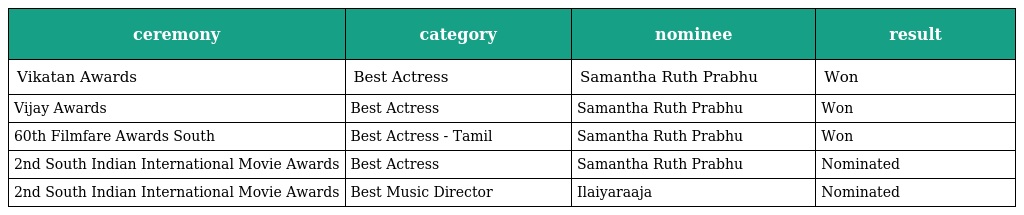
| ceremony | category | nominee | result |
 | --- | --- | --- | --- |
 | Vikatan Awards | Best Actress | Samantha Ruth Prabhu | Won |
 | Vijay Awards | Best Actress | Samantha Ruth Prabhu | Won |
 | 60th Filmfare Awards South | Best Actress - Tamil | Samantha Ruth Prabhu | Won |
 | 2nd South Indian International Movie Awards | Best Actress | Samantha Ruth Prabhu | Nominated |
 | 2nd South Indian International Movie Awards | Best Music Director | Ilaiyaraaja | Nominated |